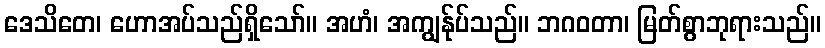
ဒေသိတေ၊ ဟောအပ်သည်ရှိသော်။ အဟံ၊ အကျွန်ုပ်သည်။ ဘဂဝတာ၊ မြတ်စွာဘုရားသည်။